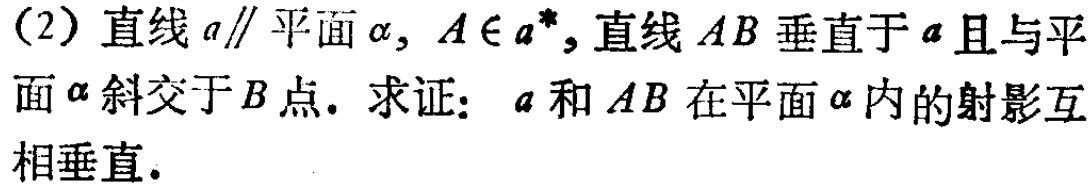
(2) 直线\(a\parallel\)平面\(\alpha\)，\(A\in a\)，直线\(AB\)垂直于\(a\)且与平面\(\alpha\)斜交于\(B\)点。求证：\(a\)和\(AB\)在平面\(\alpha\)内的射影互相垂直。